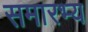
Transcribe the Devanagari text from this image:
समारभ्य